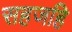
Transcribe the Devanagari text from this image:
सहजहि